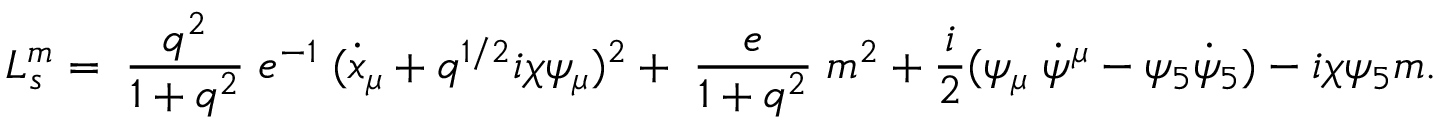
L _ { s } ^ { m } = \; \frac { q ^ { 2 } } { 1 + q ^ { 2 } } \; e ^ { - 1 } \; ( \dot { x } _ { \mu } + q ^ { 1 / 2 } i \chi \psi _ { \mu } ) ^ { 2 } + \; \frac { e } { 1 + q ^ { 2 } } \; m ^ { 2 } + \frac { i } { 2 } ( \psi _ { \mu } \; \dot { \psi } ^ { \mu } - \psi _ { 5 } \dot { \psi } _ { 5 } ) - i \chi \psi _ { 5 } m .